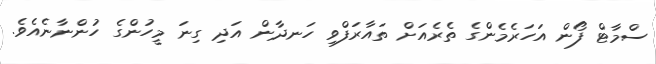
ސްމާޓް ފޯން އަހަރެމެންގެ ތެރެއަށް ތައާރަފްވި ހަނދާން އަދި ގިނަ މީހުންގެ ހުންނާނެއެވެ.